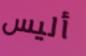
أليس